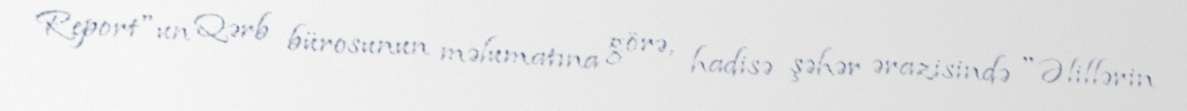
Report"un Qərb bürosunun məlumatına görə, hadisə şəhər ərazisində "Əlillərin